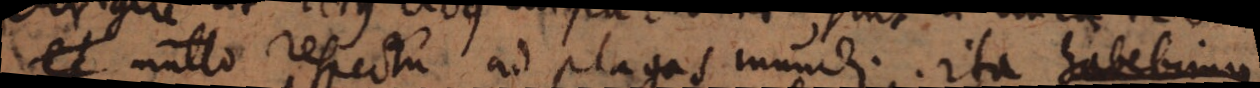
et multo respectu ad plagas mundi. Ita habebimus